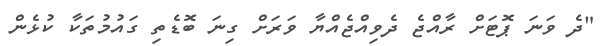
"ދެ ވަނަ ޕޮޓަށް ރާއްޖެ ދެވިއްޖެއްޔާ ވަރަށް ގިނަ ބޮޑެތި ގައުމުތަކާ ކުޅެން